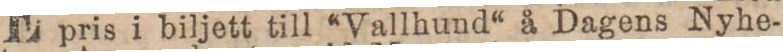
pris i biljett till “Vallhund“ å Dagens Nyhe-